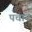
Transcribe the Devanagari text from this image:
पचान